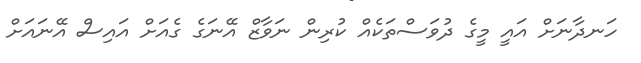
ހަނދާނަށް އައީ މީގެ ދުވަސްތަކެއް ކުރިން ނަވާޒް އޭނަގެ ގެއަށް އައިސް އޭނައަށް